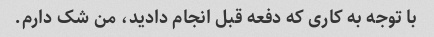
با توجه به کاری که دفعه قبل انجام دادید، من شک دارم.